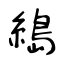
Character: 𦃭